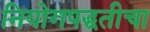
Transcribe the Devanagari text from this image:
नियोगपद्धतीचा